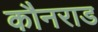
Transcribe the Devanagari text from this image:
कौनराड